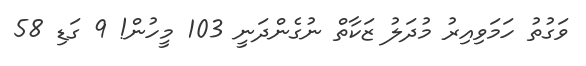
ވަގުތު ހަމަވިއިރު މުދަލު ޒަކާތް ނުގެންދަނީ 103 މީހުން! 9 ގަޑި 58